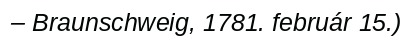
– Braunschweig, 1781. február 15.)